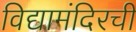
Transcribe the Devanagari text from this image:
विद्यामंदिरची